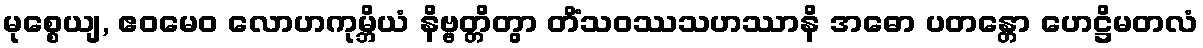
မုစ္စေယျ, ဧဝမေဝ လောဟကုမ္ဘိယံ နိဗ္ဗတ္တိတွာ တိံသဝဿသဟဿာနိ အဓော ပတန္တော ဟေဋ္ဌိမတလံ